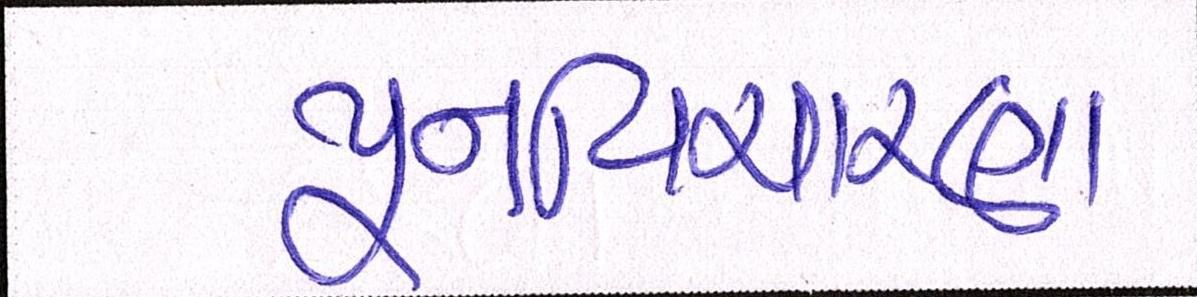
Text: પુનઃવિચારણા